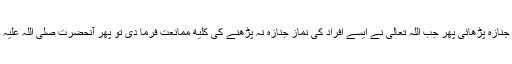
پس رسول اللہ صلی اللہ علیہ وسلم نے اس کی نمازِ جنازہ پڑھائی پھر جب اللہ تعالیٰ نے ایسے افراد کی نمازِ جنازہ نہ پڑھنے کی کلیةً ممانعت فرما دی تو پھر آنحضرت صلی اللہ علیہ وسلم نے منافقین کی نمازِ جنازہ پڑھانی بند کر دی۔